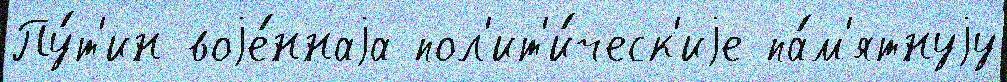
Пу́т'ин воjе́ннаjа пол'ит'и́ческ'иjе па́м'ятнуjу